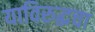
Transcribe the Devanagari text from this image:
याविरुद्धचा